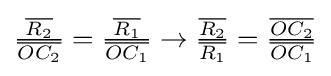
{\textstyle {\frac {\overline {R_{2}}}{\overline {OC_{2}}}}={\frac {\overline {R_{1}}}{\overline {OC_{1}}}}\rightarrow {\frac {\overline {R_{2}}}{\overline {R_{1}}}}={\frac {\overline {OC_{2}}}{\overline {OC_{1}}}}}